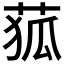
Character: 𦱄